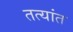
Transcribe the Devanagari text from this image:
तत्यांत